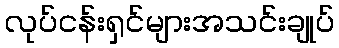
လုပ်ငန်းရှင်များအသင်းချုပ်